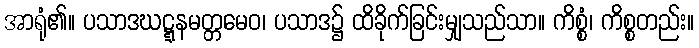
အာရုံ၏။ ပသာဒဃဋ္ဋနမတ္တမေဝ၊ ပသာဒ၌ ထိခိုက်ခြင်းမျှသည်သာ။ ကိစ္စံ၊ ကိစ္စတည်း။